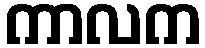
ကာလက